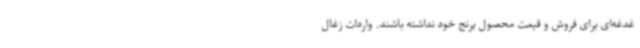
غدغه‌ای برای فروش و قیمت محصول برنج خود نداشته باشند. واردات زغال